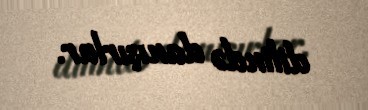
dilində danışırlar.